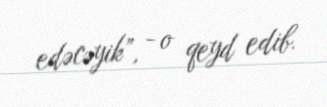
edəcəyik”, - o qeyd edib.